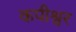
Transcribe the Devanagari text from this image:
कपीश्वर